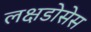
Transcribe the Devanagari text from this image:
लक्षडोसेस